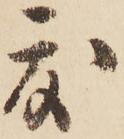
度